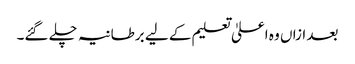
بعد ازاں وہ اعلیٰ تعلیم کے لیے برطانیہ چلے گئے۔